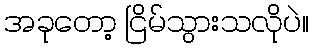
အခုတော့ ငြိမ်သွားသလိုပဲ။